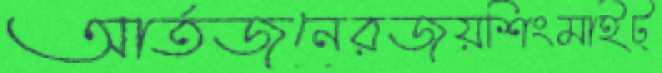
আর্তজনেরজয়শিংমাইট্